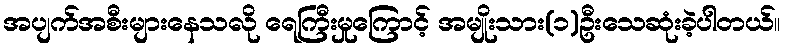
အပျက်အစီးများနေသလို ရေကြီးမှုကြောင့် အမျိုးသား(၁)ဦးသေဆုံးခဲ့ပါတယ်။